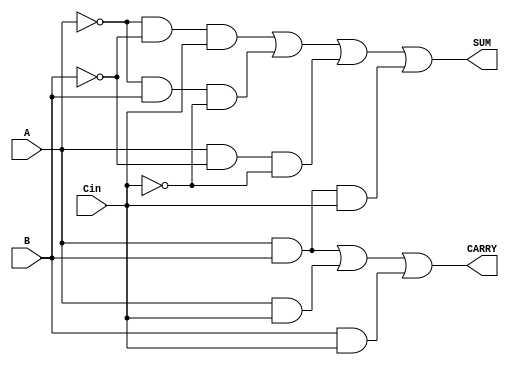
module FullAdder(SUM, CARRY, A, B, Cin);
input A,B,Cin;
output SUM, CARRY;
reg SUM,CARRY;
always@(A or B or Cin)
begin
CARRY = A&B | A&Cin | B&Cin;
SUM = ~A&~B&Cin | ~A&B&~Cin | A&~B&~Cin | A&B&Cin;
end
endmodule